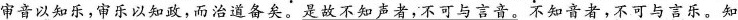
审音以知乐，审乐以知政，而治道备矣。是故不知声者，不可与言音。不知音者，不可与言乐。知